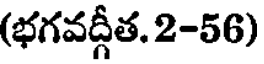
(భగవద్గీత. 2-56)